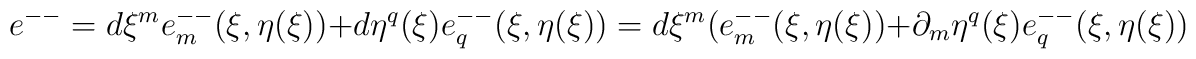
e^{--} = d\xi^m e_{m}^{--} (\xi, \eta (\xi)) + d\eta^q (\xi) e_q^{--}(\xi, \eta (\xi)) = d\xi^m (e_{m}^{--} (\xi, \eta (\xi)) + \partial_m \eta^q (\xi) e_q^{--}(\xi, \eta (\xi))